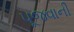
પૂજવાની